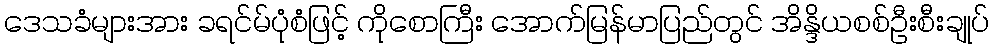
ဒေသခံများအား ခရင်မ်ပုံစံဖြင့် ကိုစောကြီး အောက်မြန်မာပြည်တွင် အိန္ဒိယစစ်ဦးစီးချုပ်